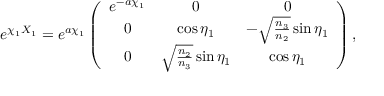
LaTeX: e ^ { \chi _ { 1 } { \cal X } _ { 1 } } = e ^ { a \chi _ { 1 } } \left( \begin{array} { c c c } { { e ^ { - a \chi _ { 1 } } } } & { { 0 } } & { { 0 } } \\ { { 0 } } & { { \cos { \eta _ { 1 } } } } & { { - \sqrt { \frac { n _ { 3 } } { n _ { 2 } } } \sin { \eta _ { 1 } } } } \\ { { 0 } } & { { \sqrt { \frac { n _ { 2 } } { n _ { 3 } } } \sin { \eta _ { 1 } } } } & { { \cos { \eta _ { 1 } } } } \end{array} \right) ,